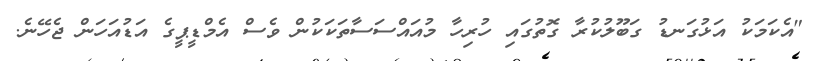
"އެކަމަކު އަޅުގަނޑު ގަބޫލުކުރާ ގޮތުގައި ހުރިހާ މުއައްސަސާތަކަކުން ވެސް އެމްޑީޕީގެ އަޑުއަހަން ޖެހޭނެ.